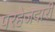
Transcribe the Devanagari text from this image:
परहेजदारी